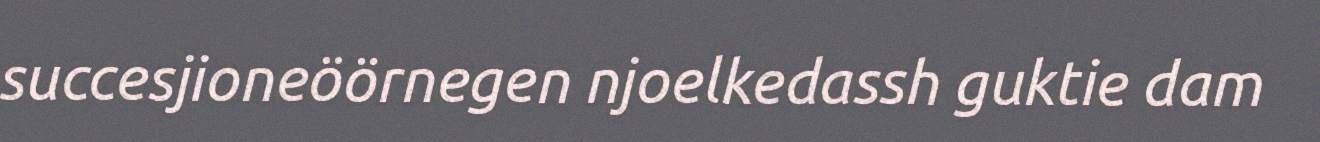
succesjioneöörnegen njoelkedassh guktie dam